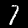
Label: 7